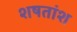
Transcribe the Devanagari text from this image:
शषतांश